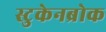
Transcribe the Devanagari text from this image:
स्टुकेनब्रोक